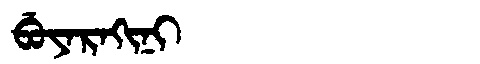
Manchu: ᠪᡠᠶᠠᡵᠠᡴᡳᠨᡳ
Romanization: BUYARAKINI